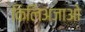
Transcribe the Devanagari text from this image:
किलिअजाओ